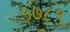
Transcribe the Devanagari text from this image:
५७८९